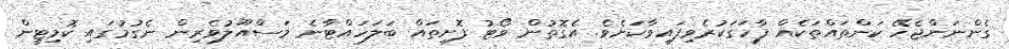
ގެންނަންޖެހޭ ކަންތައްތަކެއް ފާހަގަކުރެވިފައިވާކަަށެވެ. އެގޮތުން ވޯޓު ފޮށިތައް ބަލަހައްޓާނެ މަސްއޫލުވެރިން ނެގުމުގައި ކޮމިޓީން